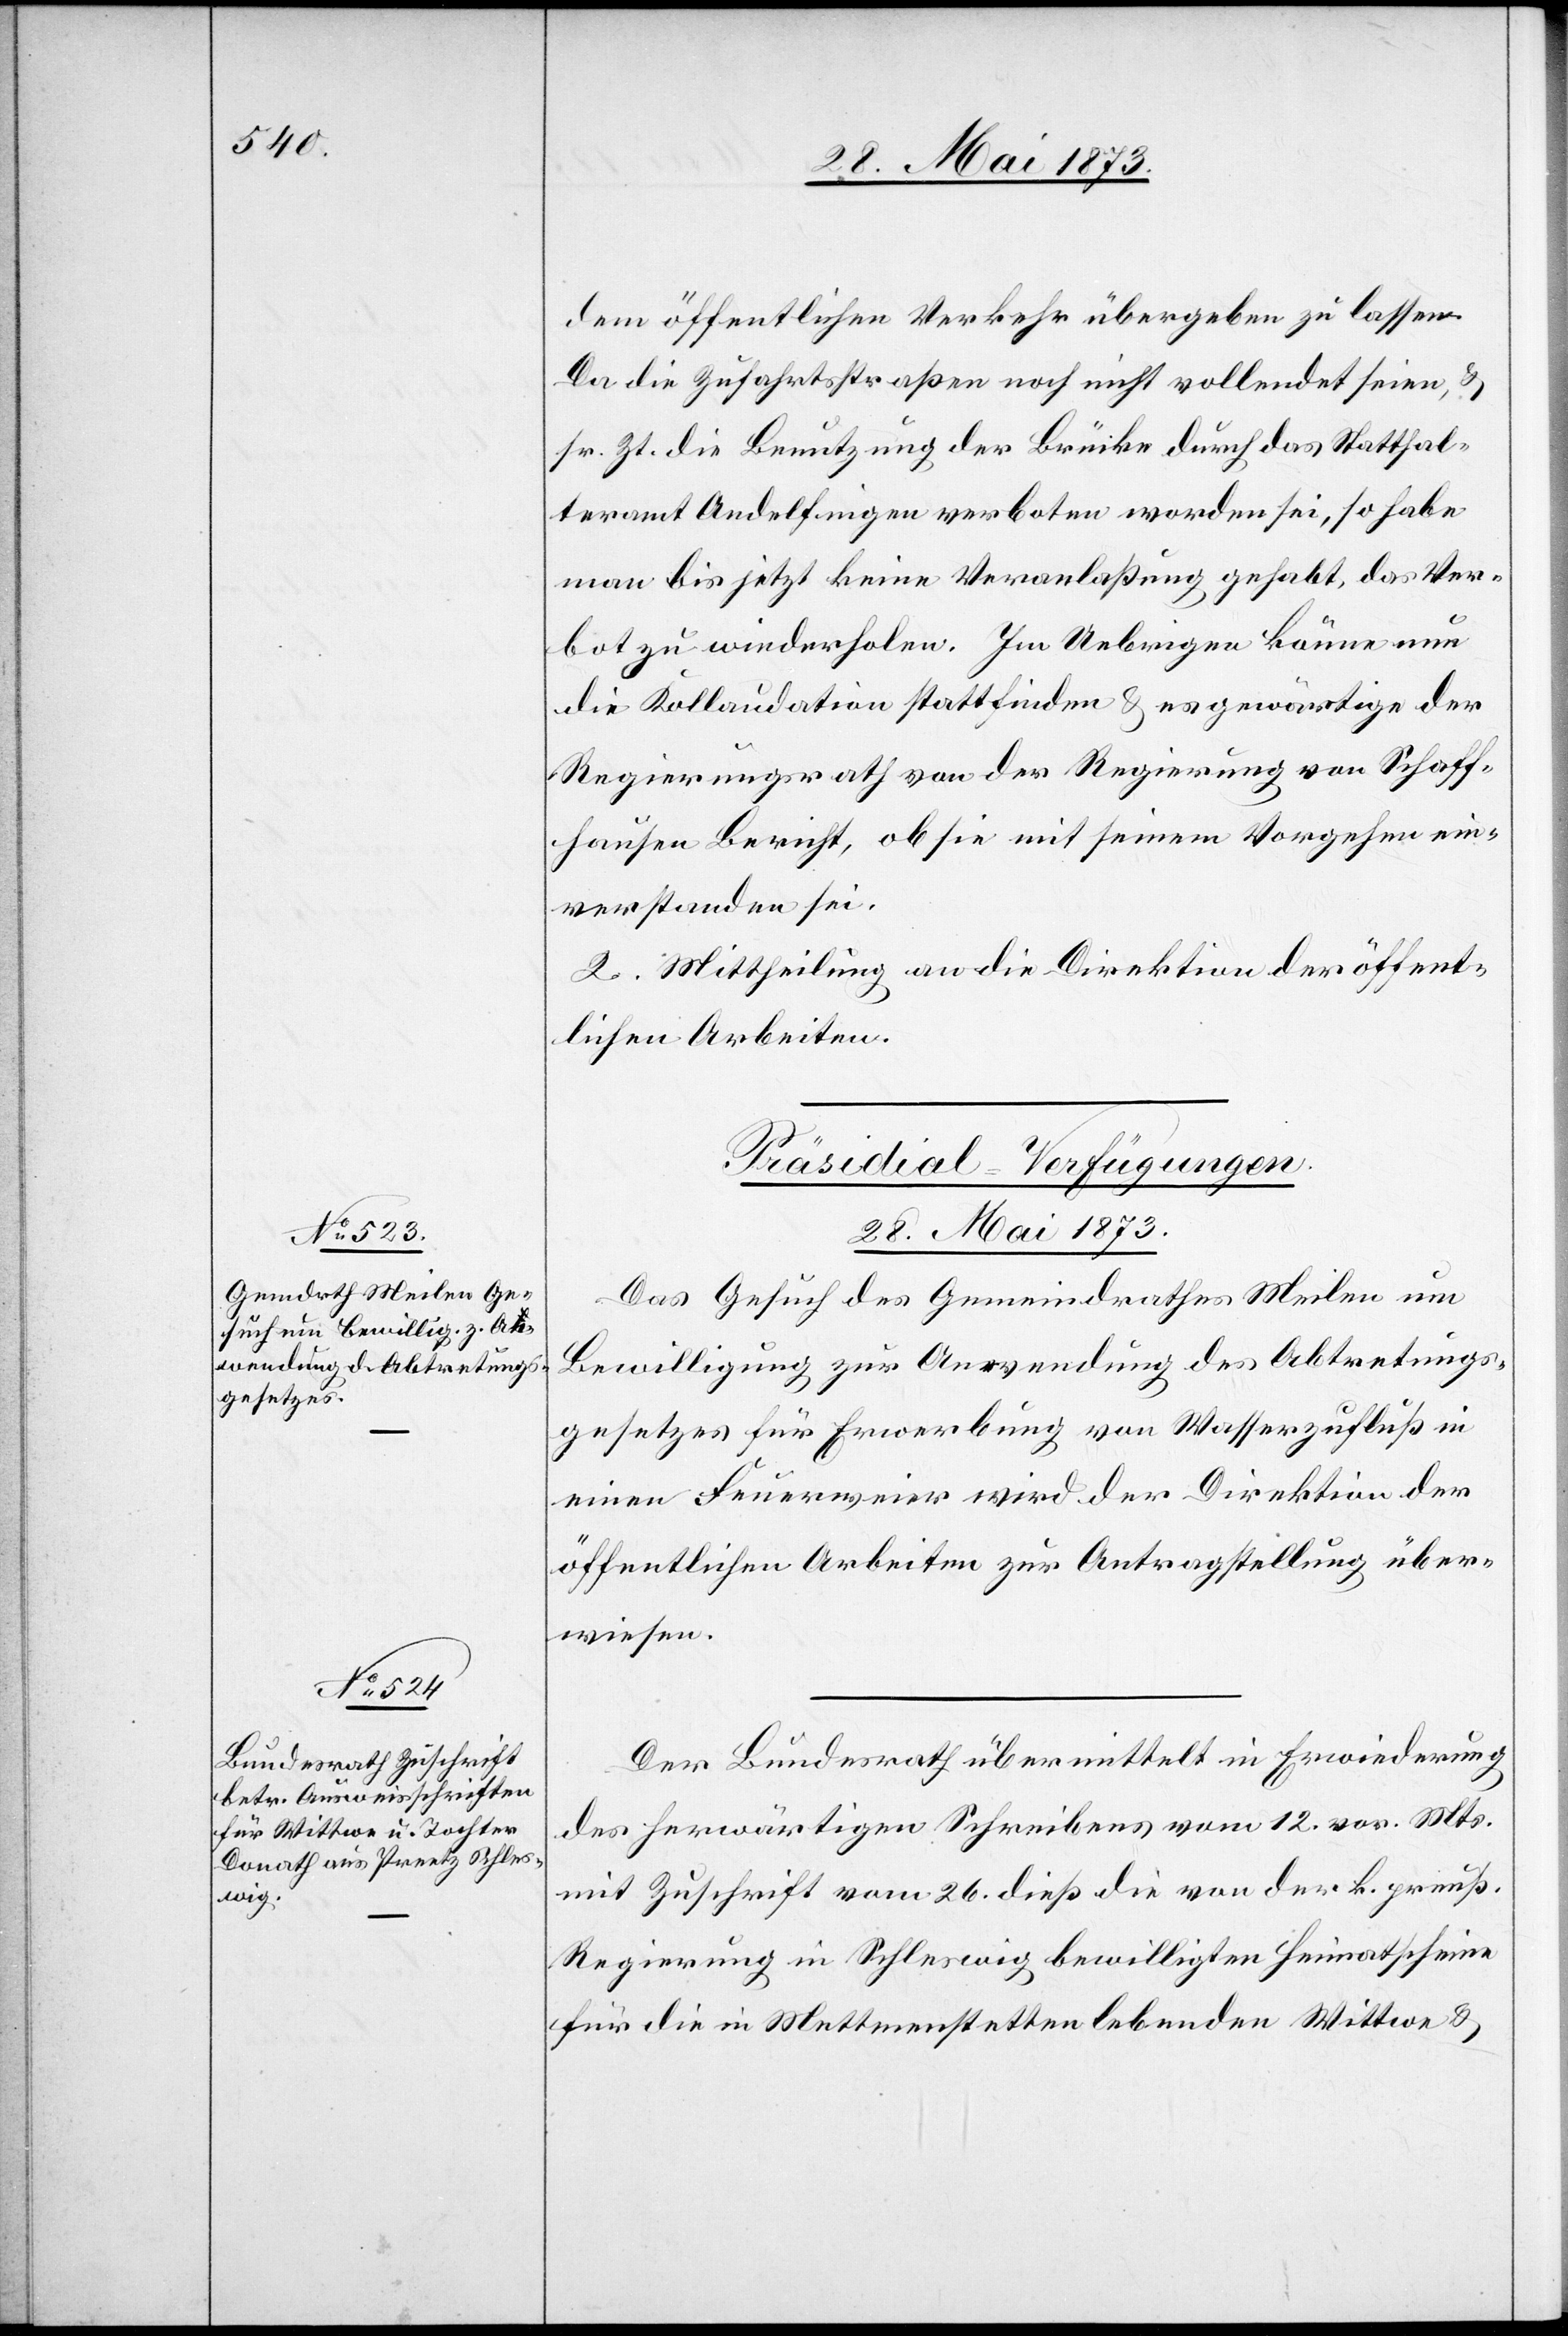
dem öffentlichen Verkehr übergeben zu lassen.
Da die Zufahrtsstraßen noch nicht vollendet seien, &
sr. Zt. die Benutzung der Brücke durch das Statthal¬
teramt Andelfingen verboten worden sei, so habe
man bis jetzt keine Veranlaßung gehabt, das Ver¬
bot zu wiederholen. Im Uebrigen könne nun
die Kollaudation stattfinden & es gewärtige der
Regierungsrath von der Regierung von Schaff¬
hausen Bericht, ob sie mit seinem Vorgehen ein¬
verstanden sei.
2. Mittheilung an die Direktion der öffent¬
lichen Arbeiten.
[Präsidial-Verfügungen.
28. Mai 1873]
Das Gesuch des Gemeindrathes Meilen um
Bewilligung zur Anwendung des Abtretungs¬
gesetzes für Erwerbung von Wasserzufluß in
einen Feuerweier wird der Direktion der
öffentlichen Arbeiten zur Antragstellung über¬
wiesen.
Der Bundesrath übermittelt in Erwiederung
des herwärtigen Schreibens vom 12. vor. Mts.
mit Zuschrift vom 26. dieß die von der k. preuß.
Regierung in Schleswig bewilligten Heimatscheine
für die in Mettmenstetten lebenden Wittwe &